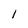
Character: l